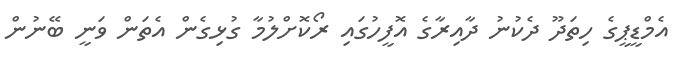
އެމްޑީޕީގެ ހިތަދޫ ދެކުނު ދާއިރާގެ އޮފީހުގައި ރޯކޮށްލުމާ ގުޅިގެން އެތަން ވަނީ ބޭނުން